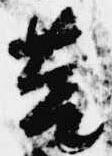
筥